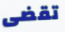
تقضى